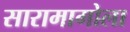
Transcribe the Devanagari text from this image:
सारामागोला